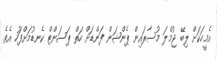
އެމީހަކަށް ލިބޭ ޖުމްލަ މުސާރައިން ޕެންޝަން ފަންޑަށް ހަތް ޕަސަންޓް ކެނޑުމަށްފަހު އެވެ.